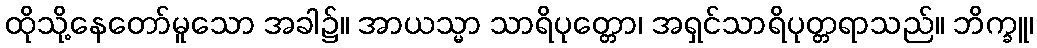
ထိုသို့နေတော်မူသော အခါ၌။ အာယသ္မာ သာရိပုတ္တော၊ အရှင်သာရိပုတ္တရာသည်။ ဘိက္ခူ၊